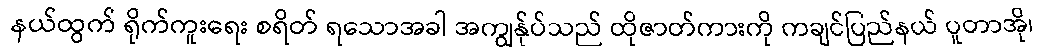
နယ်ထွက် ရိုက်ကူးရေး စရိတ် ရသောအခါ အကျွန်ုပ်သည် ထိုဇာတ်ကားကို ကချင်ပြည်နယ် ပူတာအို၊